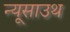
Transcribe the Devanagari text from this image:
न्यूसाउथ